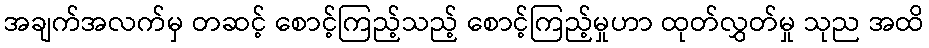
အချက်အလက်မှ တဆင့် စောင့်ကြည့်သည့် စောင့်ကြည့်မှုဟာ ထုတ်လွှတ်မှု သုည အထိ